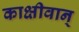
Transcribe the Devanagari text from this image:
काक्षीवान्